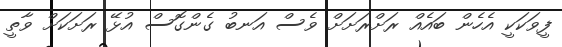
ފީވަކަކީ އެހެން ބައެއް ރަށްރަށަށް ވެސް އަނބު ގެންގޮސް އުޅޭ ރަށަކަށް ވާތީ